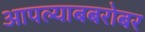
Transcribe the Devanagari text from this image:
आपल्याबबरोबर